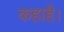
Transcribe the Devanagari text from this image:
कहाहै।